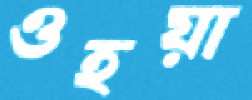
ওহয়া